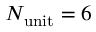
N _ { \mathrm { u n i t } } = 6